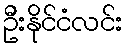
ဦးနိုင်ငံလင်း